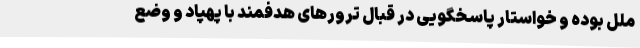
ملل بوده و خواستار پاسخگویی در قبال ترورهای هدفمند با پهپاد و وضع